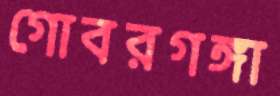
গোবরগঙ্গা